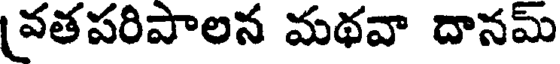
వతపరిపాలన మథవా దానమ్